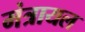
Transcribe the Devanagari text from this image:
मंत्रायल